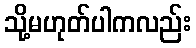
သို့မဟုတ်ပါကလည်း